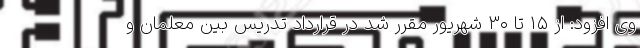
وی افزود: از ۱۵ تا ۳۰ شهریور مقرر شد در قرارداد تدریس بین معلمان و